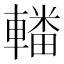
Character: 𨎚